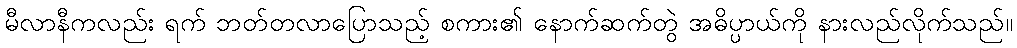
မီလာနီကလည်း ရက် ဘတ်တလာပြောသည့် စကား၏ နောက်ဆက်တွဲ အဓိပ္ပာယ်ကို နားလည်လိုက်သည်။